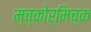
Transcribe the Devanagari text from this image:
म्च्कोर्मिच्क